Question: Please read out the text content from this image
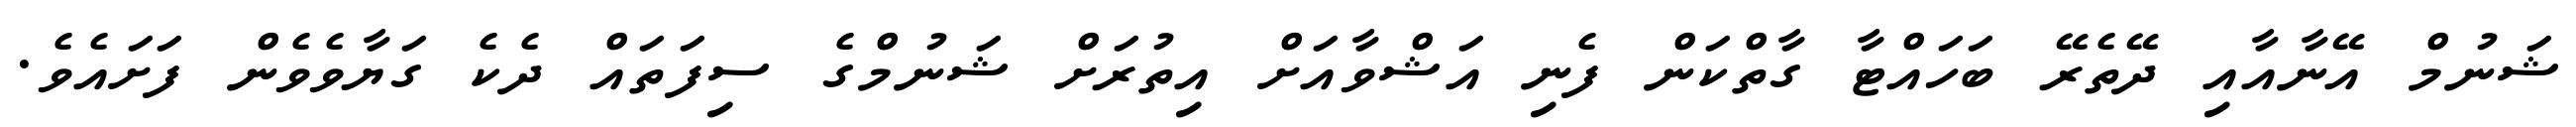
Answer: ޝަނުމް އޭނާއާއި ދޭތެރޭ ބަހައްޓާ ގާތްކަން ފެނި އަޝްވާއަށް އިތުރަށް ޝަނުމްގެ ސިފަތައް ދެކެ ގަޔާވެވެން ފަށައެވެ.